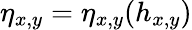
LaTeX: \eta_{x,y}=\eta_{x,y}(h_{x,y})